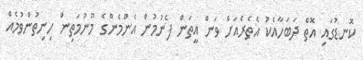
ކޮނޑުގައި އޮތް ދަބަހާއެކު އެތެރެއަށް ވަން އީތަން ފެނުމުން އެންމެންގެ މޫނުމަތިން ހިނިތުންވުމެއް